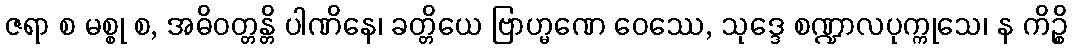
ဇရာ စ မစ္စု စ, အဓိဝတ္တန္တိ ပါဏိနေ၊ ခတ္တိယေ ဗြာဟ္မဏေ ဝေဿေ, သုဒ္ဒေ စဏ္ဍာလပုက္ကုသေ၊ န ကိဉ္စိ